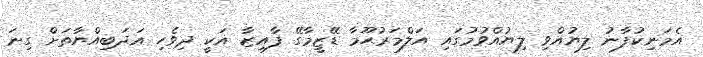
އެމަނިކުފާނު ލިޔުއްވި ލިޔުއްވުމުގައި އަލްމަރުޙޫމާ ޑޭޒީމާގޭ ފާއިޒާ އަކީ ދިވެހި އަދަބިއްޔާތަށް ގިނަ